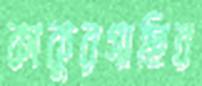
কাকুরগাছির